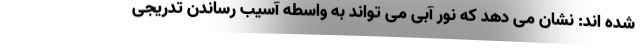
شده اند: نشان می دهد که نور آبی می تواند به واسطه آسیب رساندن تدریجی